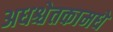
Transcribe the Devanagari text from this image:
अधश्चेतकामधे